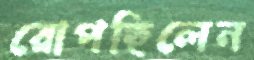
রোপছিলেন